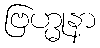
ဗြဟ္မုနာ